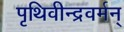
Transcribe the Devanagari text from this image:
पृथिवीन्द्रवर्मन्